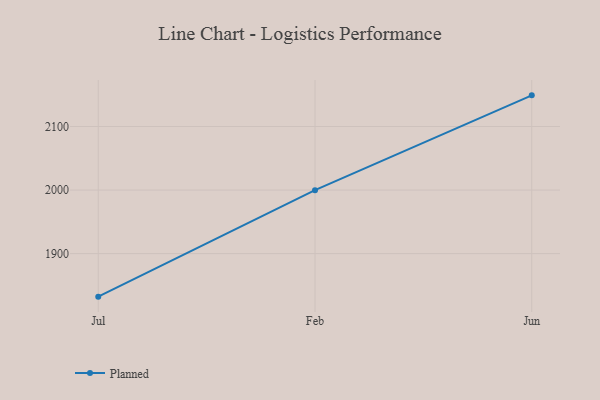
{"axis": {"x": "Month", "y": "Satisfaction Score"}, "legend": ["Planned"], "data": [{"x": "Jul", "y": 1832.3, "type": "Planned"}, {"x": "Feb", "y": 1999.8, "type": "Planned"}, {"x": "Jun", "y": 2149.0, "type": "Planned"}]}